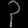
Digit: ၃